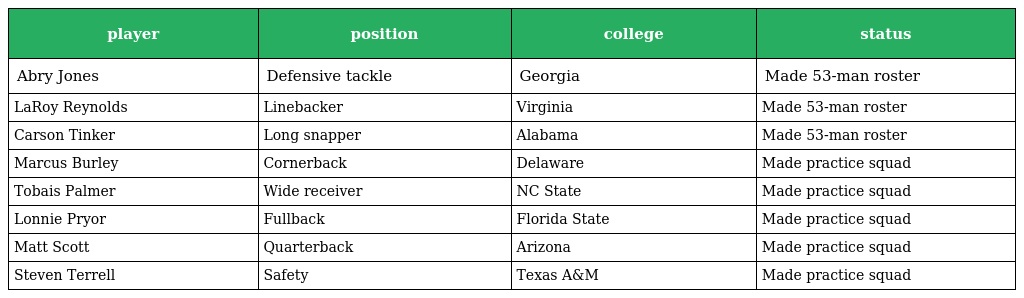
| player | position | college | status |
 | --- | --- | --- | --- |
 | Abry Jones | Defensive tackle | Georgia | Made 53-man roster |
 | LaRoy Reynolds | Linebacker | Virginia | Made 53-man roster |
 | Carson Tinker | Long snapper | Alabama | Made 53-man roster |
 | Marcus Burley | Cornerback | Delaware | Made practice squad |
 | Tobais Palmer | Wide receiver | NC State | Made practice squad |
 | Lonnie Pryor | Fullback | Florida State | Made practice squad |
 | Matt Scott | Quarterback | Arizona | Made practice squad |
 | Steven Terrell | Safety | Texas A&M | Made practice squad |